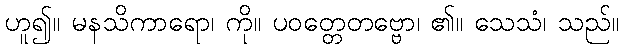
ဟူ၍။ မနသိကာရော၊ ကို။ ပဝတ္တေတဗ္ဗော၊ ၏။ သေသံ၊ သည်။